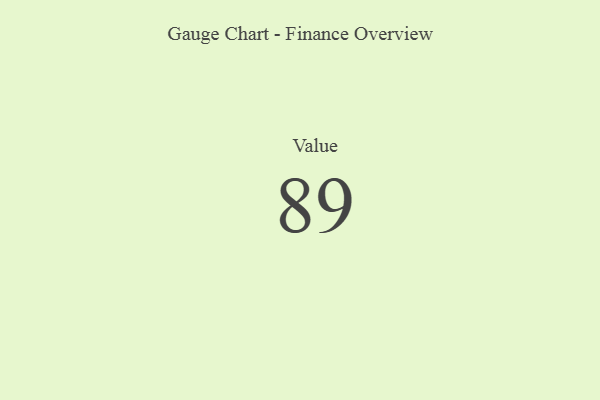
{"axis": {"x": "Metric", "y": "Value"}, "legend": [""], "data": [{"x": "Value", "y": 89, "type": ""}]}